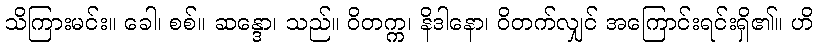
သိကြားမင်း။ ခေါ၊ စစ်။ ဆန္ဒော၊ သည်။ ဝိတက္က၊ နိဒါနော၊ ဝိတက်လျှင် အကြောင်းရင်းရှိ၏။ ဟိ